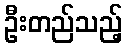
ဦးတည်သည့်